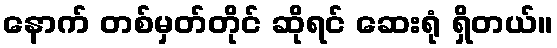
နောက် တစ်မှတ်တိုင် ဆိုရင် ဆေးရုံ ရှိတယ်။